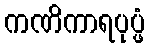
ကဏိကာရပုပ္ဖံ